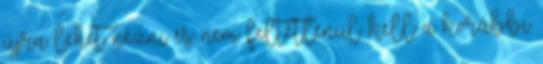
újra lehet nézni és nem feltétlenül kell a korábbi